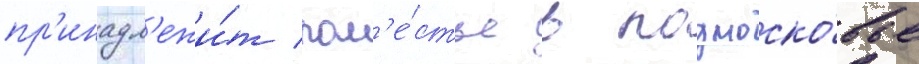
пр'инадл'ежи́т пом'е́стье в подмоско́вье